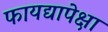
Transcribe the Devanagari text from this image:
फायद्यापेक्षा